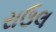
રાઉલ